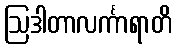
ဩဒါတာလင်္ကာရာတိ